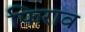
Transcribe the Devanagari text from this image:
फिराव